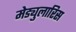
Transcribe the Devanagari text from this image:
मेड्युलारिस